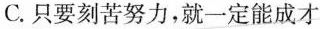
C.只要刻苦努力，就一定能成才